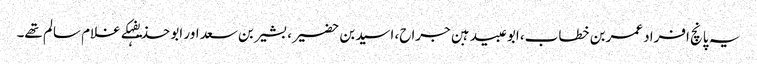
یہ پانچ افراد عمربن خطاب، ابوعبیدہبن جراح، اسیدبن حضیر، بشیربن سعد اور ابو حذیفہکے غلام سالم تھے۔